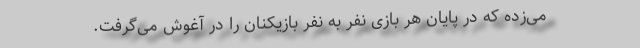
می‌زده که در پایان هر بازی نفر به نفر بازیکنان را در آغوش می‌گرفت.